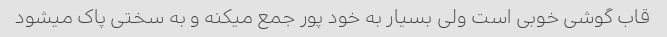
قاب گوشی خوبی است ولی بسیار به خود پور جمع میکنه و به سختی پاک میشود